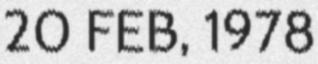
20 FEB, 1978